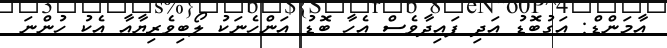
އާމަންޑް: އަގުބޮޑު އަދި ފައިދާވެސް އެހާ ބޮޑު އަންހެނަކު ލޯބިވެރިޔާއާ އެކު ހުންނަ